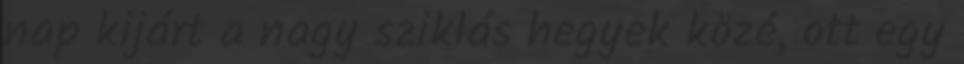
nap kijárt a nagy sziklás hegyek közé, ott egy